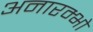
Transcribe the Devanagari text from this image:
अनारम्भो